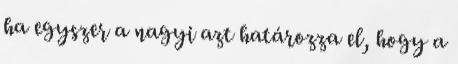
ha egyszer a nagyi azt határozza el, hogy a